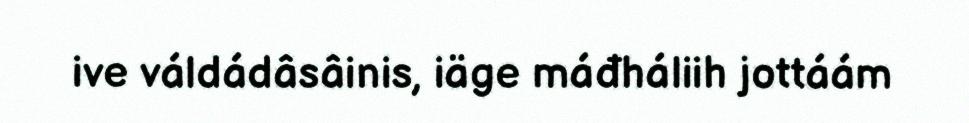
ive váldádâsâinis, iäge máđháliih jottáám